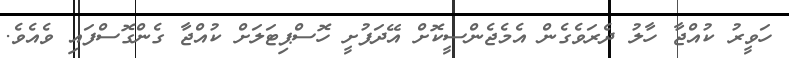
ހަވީރު ކުއްޖާ ހާލު ދެރަވެގެން އެމެޖެންސީކޮށް އޭދަފުށީ ހޮސްޕިޓަލަށް ކުއްޖާ ގެންގޮސްފައި ވެއެވެ.